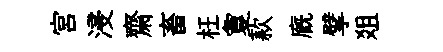
宫浸齋畜枉夐款廐擘爼